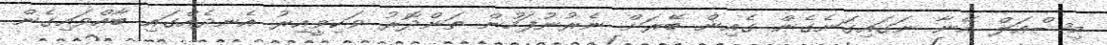
މިޝްއަލް އޭނާ ނަގައިގަނެގެން ގެއިން ބޭރަށް ނެރުނުފަހުން ތަންދޮރު ވަކިވީއިރު އެނދެއްގައި ބާއްވައިގެން